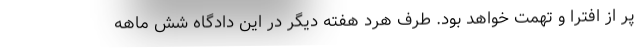
پر از افترا و تهمت خواهد بود. طرف هرد هفته دیگر در این دادگاه شش ماهه